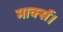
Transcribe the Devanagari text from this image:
मार्क्स।